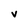
Character: v